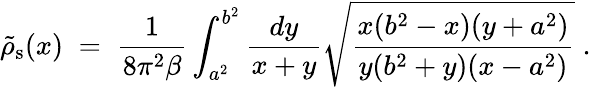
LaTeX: \tilde{\rho}_{\mathrm{s}}(x)\; =\; {\frac{1}{8\pi^{2}\beta}}\int_{a^{2}}^{b^{2}}{\frac{dy}{x+y}}\sqrt{{\frac{x(b^{2}-x)(y+a^{2})}{y(b^{2}+y)(x-a^{2})}}}\; .